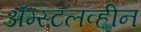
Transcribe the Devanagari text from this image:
ॲम्स्टलव्हीन